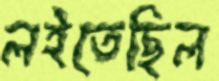
লইতেছিল